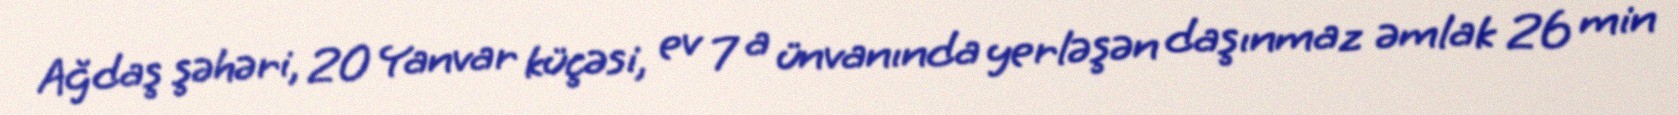
Ağdaş şəhəri, 20 Yanvar küçəsi, ev 7 a ünvanında yerləşən daşınmaz əmlak 26 min